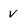
Character: V